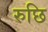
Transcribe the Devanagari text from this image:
रुछि